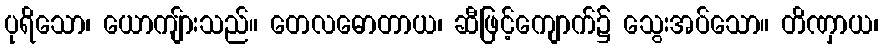
ပုရိသော၊ ယောကျ်ားသည်။ တေလဓောတာယ၊ ဆီဖြင့်ကျောက်၌ သွေးအပ်သော။ တိဏှာယ၊